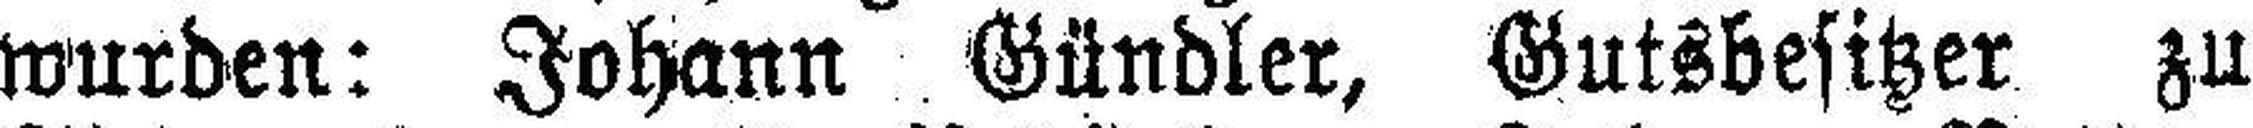
wurden: Johann Gündler, Gutsbesitzer zu